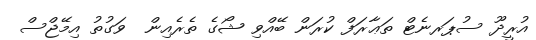
އުރީދޫ ސުޕަރނެޓް ތަޢާރަފް ކުރަން ބޭއްވި ޝޯގެ ތެރެއިން  ވަގުތު އިމޭޖްސް